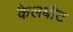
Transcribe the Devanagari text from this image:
कैलबौट